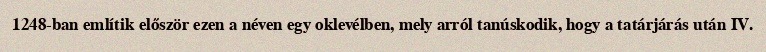
1248-ban említik először ezen a néven egy oklevélben, mely arról tanúskodik, hogy a tatárjárás után IV.